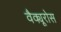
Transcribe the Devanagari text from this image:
वैक्यूरोस